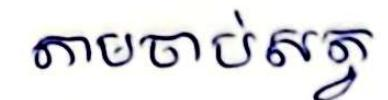
តាមចាប់សត្វ